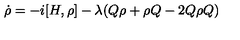
\dot { \rho } = - i [ H , \rho ] - \lambda ( Q \rho + \rho Q - 2 Q \rho Q )